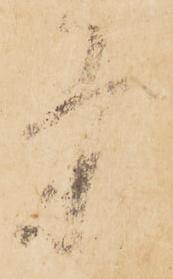
条